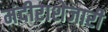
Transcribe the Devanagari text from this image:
मंदीराशेजारी